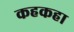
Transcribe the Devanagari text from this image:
कहकहा